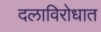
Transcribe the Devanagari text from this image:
दलाविरोधात